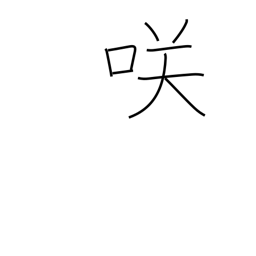
Meaning: blossom